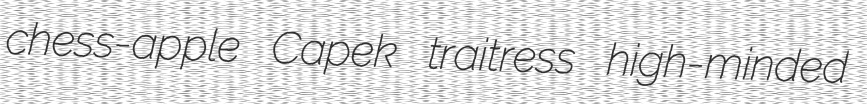
chess-apple Capek traitress high-minded